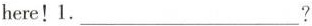
here!1.___?